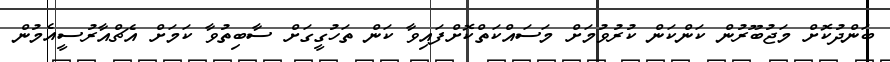
ބަންދުކޮށް މަޖުބޫރުން ކަންކަން ކުރުވުމަށް މަސައްކަތްކޮށްފައިވާ ކަން ތަހުގީގަށް ސާބިތުވާ ކަމަށް އެޗްއާރުސީއެމުން